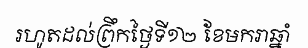
រហូតដល់ព្រឹកថ្ងៃទី១២ ខែមករាឆ្នាំ